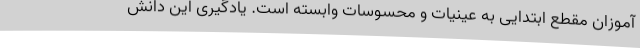
آموزان مقطع ابتدایی به عینیات و محسوسات وابسته است. یادگیری این دانش